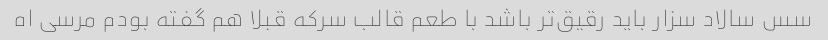
سس سالاد سزار باید رقیق‌تر باشد با طعم قالب سرکه قبلا هم گفته بودم مرسی اه